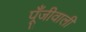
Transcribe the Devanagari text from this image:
पूँजीवाली